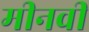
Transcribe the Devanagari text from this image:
मीनवी